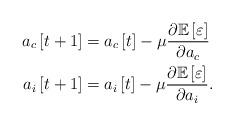
LaTeX: \begin{align*} a_c\left[t+1\right]&=a_c\left[t\right]-\mu\frac{\partial\mathbb{E}\left[\varepsilon\right]}{\partial a_c}\\ a_i\left[t+1\right]&=a_i\left[t\right]-\mu\frac{\partial\mathbb{E}\left[\varepsilon\right]}{\partial a_i}. \end{align*}